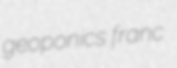
geoponics franc